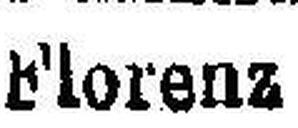
Florenz